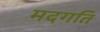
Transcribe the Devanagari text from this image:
मदगति